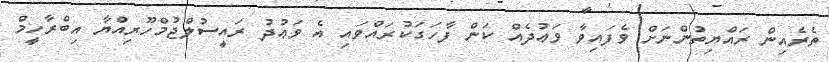
ތެރެއިން ރައްޔިތުންނަށް ވެފައިވާ ވަޢުދެއް ކަން ފާހަގަކުރައްވައި އެ ވަޢުދު ރައީސުލްޖުމްހޫރިއްޔާ އިބްރާހީމް